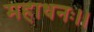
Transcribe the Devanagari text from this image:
महाधनः।।